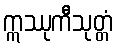
ဣဿုကီသုတ္တံ